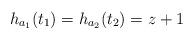
LaTeX: \begin{align*}h_{a_1}(t_1) = h_{a_2}(t_2) = z + 1\end{align*}